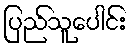
ပြည်သူပေါင်း